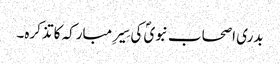
بدری اصحاب نبویؐ کی سِیرِ مبارکہ کا تذکرہ۔